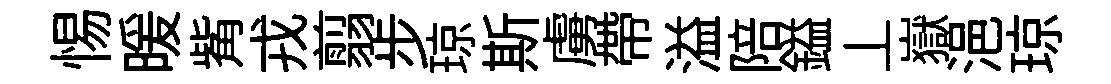
惕暖觜戎翦步琼斯虜帶溢陪鎰丄嶽浥琼